Saare_Masina-traktorijaam, lk 12
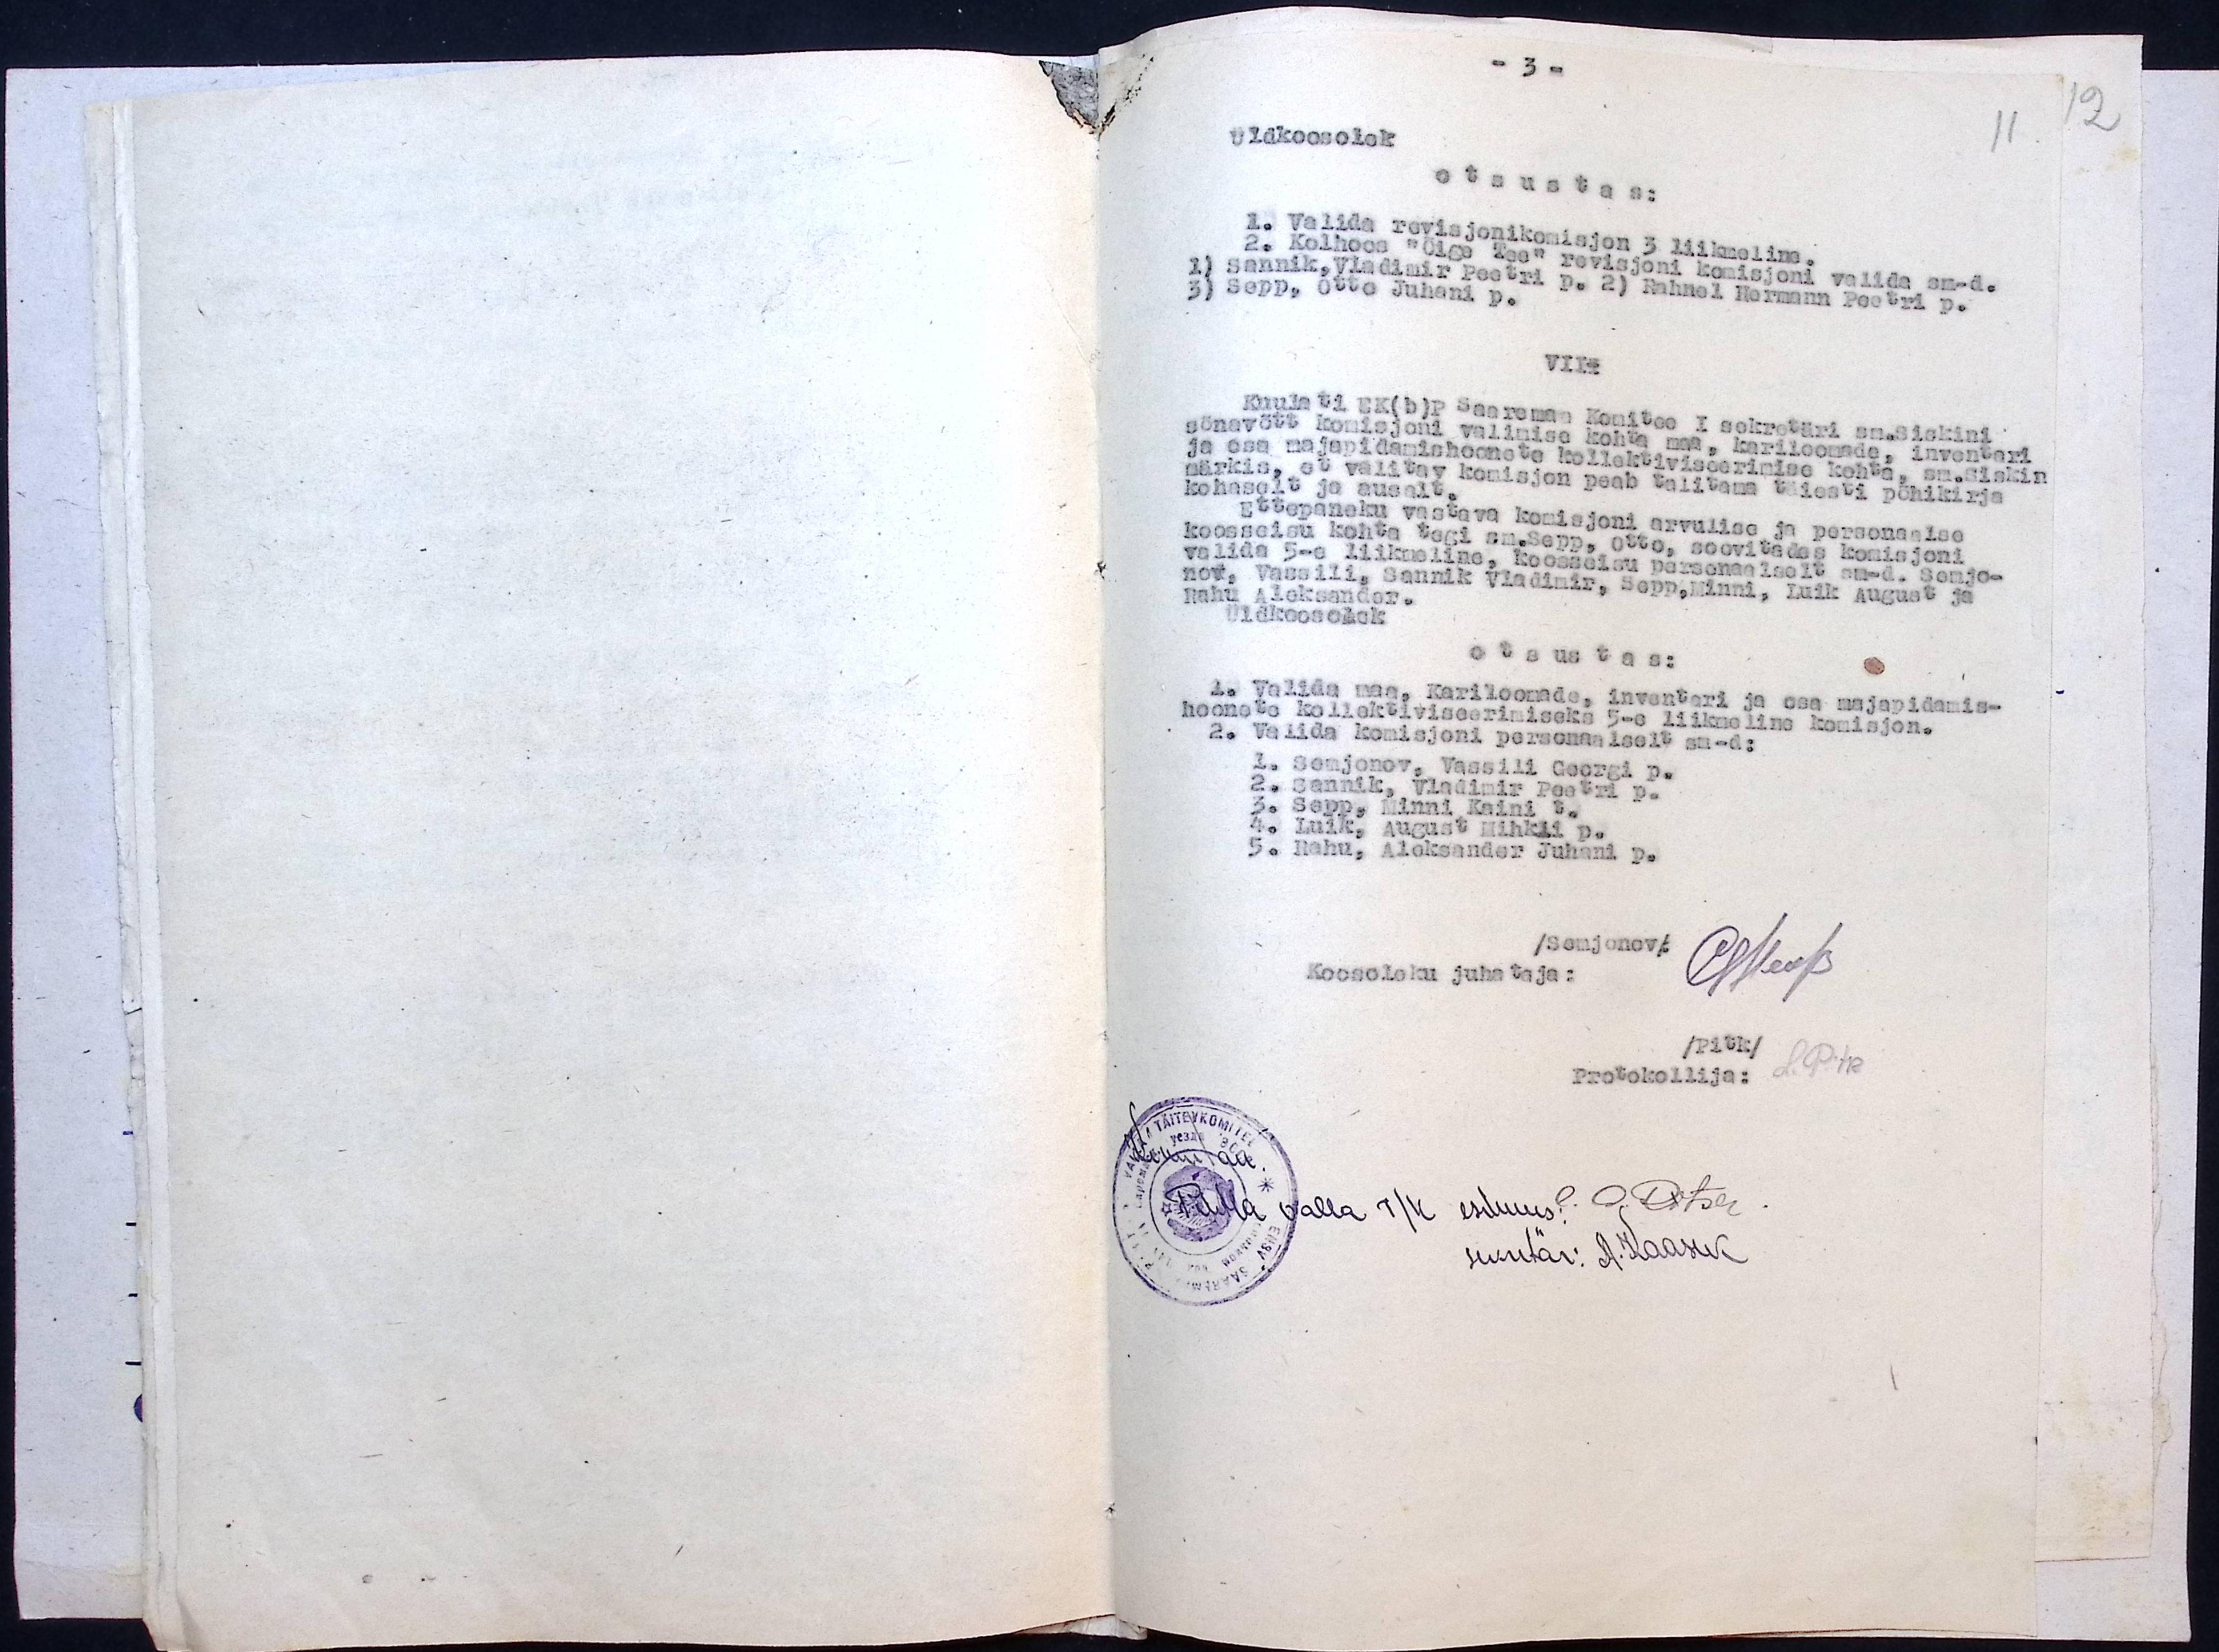
Üldkoosolek
otsustas:
1. Valida revisjonikomisjon 3 liikmeline.
2. Kolhoos "Õige Tee" revisjoni komisjoni valida sm-d.
1) Sannik, Vladimir Peetri p. 2) Rahnel Hermann Peeter p.
3) Sepp, Otto Juhani p.
VIII
Kuulati EK(b)P Saaremaa Komitee I sekretäri sm.Siskini
sõnavõtt komisjoni valimise kohta maa, kariloomade, inventari
ja oma majapidamishoonete kollektiviseerimise kohta, sm.Siskin
märkis, et valitav komisjon peab talitama täiesti põhikirja
kohaselt ja ausalt.
Ettepaneku vastava komisjoni arvulise ja personaalse
koosseisu kohta tegi sm.Sepp, Otto, soovitades komisjoni
valida 5-e liikmeline, koosseisu personaalselt sm-d. Semjo-
nov, Vassili, Sannik Vladimir, Sepp, Minni, Luik August ja
Rahu Aleksander.
Üldkoosolek
otsustas:
1. Valida maa, Kariloomade, inventari ja osa majapidamis-
hoonete kollektiviseerimiseks 5-e liikmeline komisjon.
2. Valida komisjoni personaalselt sm-d;
1. Semjonov, Vassili Georgi p.
2. Sannik, Vladimir Peetri p.
3. Sepp, Minni Kaini p.
4. Luik, August Mihkli p.
5. Rahu, Aleksander Juhani p.
/Semjonov/:
Koosoleku juhataja:
/Pitk/
Protokollija:
Pihtla valla T/K esimees:
sekrtär: A. Kaasik